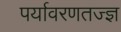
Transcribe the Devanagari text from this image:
पर्यावरणतज्ज्ञ